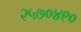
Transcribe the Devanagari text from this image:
२५७०४९०